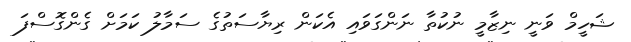
ޝަހީމް ވަނީ ނިޒާމީ ނުކުތާ ނަންގަވައި އެކަން ރިޔާސަތުގެ ސަމާލު ކަމަށް ގެންގޮސްފަ